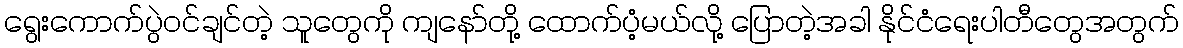
ရွေးကောက်ပွဲဝင်ချင်တဲ့ သူတွေကို ကျနော်တို့ ထောက်ပံ့မယ်လို့ ပြောတဲ့အခါ နိုင်ငံရေးပါတီတွေအတွက်